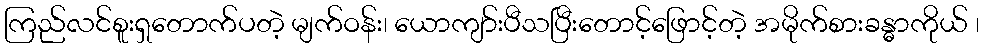
ကြည်လင်စူးရှတောက်ပတဲ့ မျက်ဝန်း၊ ယောကျာ်းပီသပြီးတောင့်ဖြောင့်တဲ့ အမိုက်စားခန္ဓာကိုယ် ၊